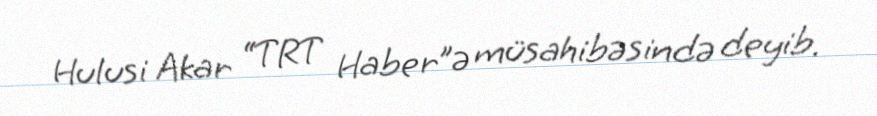
Hulusi Akar “TRT Haber”ə müsahibəsində deyib.